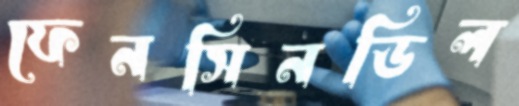
ফেনসিনডিল